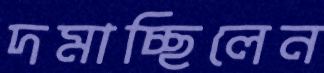
দমাচ্ছিলেন